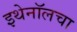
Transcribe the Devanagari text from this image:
इथेनॉलचा